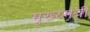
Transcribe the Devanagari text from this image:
मुख्य्मंत्री